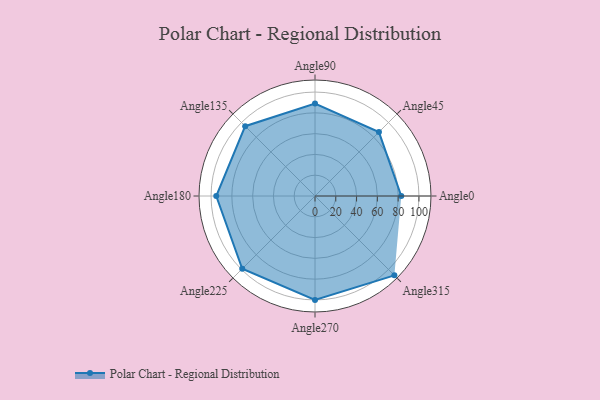
{"axis": {"x": "Angle", "y": "Radius"}, "legend": [""], "data": [{"x": "Angle0", "y": 83.0, "type": ""}, {"x": "Angle45", "y": 87.0, "type": ""}, {"x": "Angle90", "y": 89.0, "type": ""}, {"x": "Angle135", "y": 95.0, "type": ""}, {"x": "Angle180", "y": 95.0, "type": ""}, {"x": "Angle225", "y": 99.0, "type": ""}, {"x": "Angle270", "y": 100.0, "type": ""}, {"x": "Angle315", "y": 108.0, "type": ""}]}